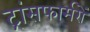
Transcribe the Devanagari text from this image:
ट्रांसफार्मरों